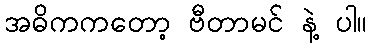
အဓိကကတော့ ဗီတာမင် နဲ့ ပါ။